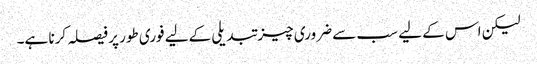
لیکن اس کے لیے سب سے ضروری چیز تبدیلی کےلیے فوری طور پر فیصلہ کرنا ہے۔